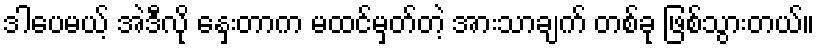
ဒါပေမယ့် အဲဒီလို နှေးတာက မထင်မှတ်တဲ့ အားသာချက် တစ်ခု ဖြစ်သွားတယ်။